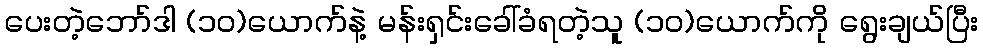
ပေးတဲ့ဘော်ဒါ (၁၀)ယောက်နဲ့ မန်းရှင်းခေါ်ခံရတဲ့သူ (၁၀)ယောက်ကို ရွေးချယ်ပြီး